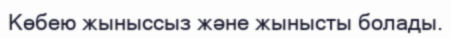
Көбею жыныссыз және жынысты болады.